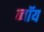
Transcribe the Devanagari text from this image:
ब्‍वॉय